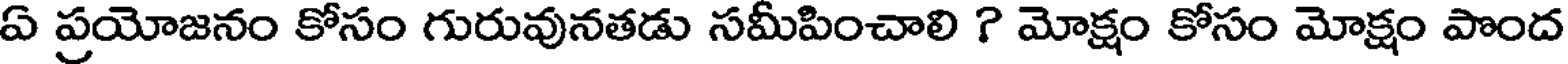
ఏ ప్రయోజనం కోసం గురువునతడు సమీపించాలి ? మోక్షం కోసం మోక్షం పొంద